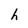
Character: h